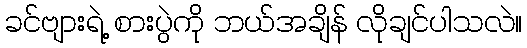
ခင်ဗျားရဲ့ စားပွဲကို ဘယ်အချိန် လိုချင်ပါသလဲ။